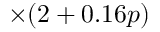
\times ( 2 + 0 . 1 6 p )